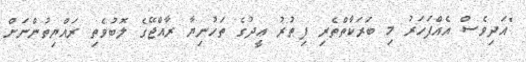
"އަދިވެސް އެއްފަހަރު މި ބަރަކާތްތެރި ފިޠުރު ޢީދުގެ ތަހުނިޔާ ރާއްޖޭގެ ލޮބުވެތި ރައްޔިތުންނަށް